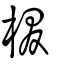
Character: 棳